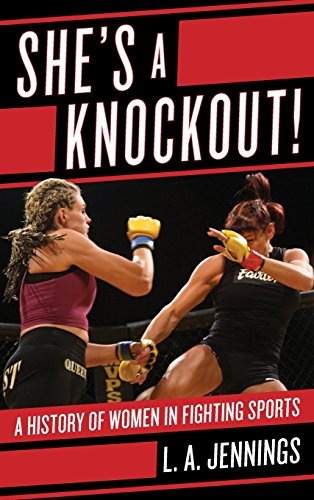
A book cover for She's a Knockout!: A History of Women in Fighting Sports; L.A. Jennings; Sports & Outdoors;